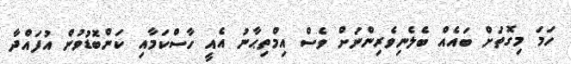
ހަމަ މިގޮތަށް ބައެއް ބެލެނިވެރިންނަށް ވެސް އިމްތިޙާނު އެއީ ހާސްކަމާއި ކަންބޮޑުވުން އުފައްދާ